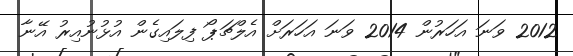
2012 ވަނަ އަހަރުން 2014 ވަނަ އަހަރަށް އެލްޗަޕޯ ފިލައިގެން އުޅުނުއިރު އޭނާ